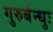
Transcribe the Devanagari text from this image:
गुरुर्बन्धुः